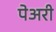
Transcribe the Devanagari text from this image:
पेअरी